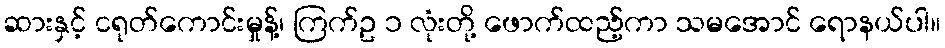
ဆားနှင့် ငရုတ်ကောင်းမှုန့်၊ ကြက်ဥ ၁ လုံးတို့ ဖောက်ထည့်ကာ သမအောင် ရောနယ်ပါ။